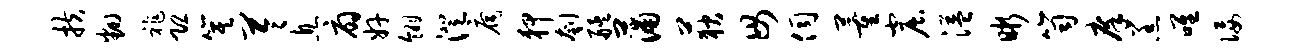
扶翻祚恐箕苓息扇奸翎澄扃狎刳艋蒲荻毋伺董窟溢晰笥庠羔唯佞